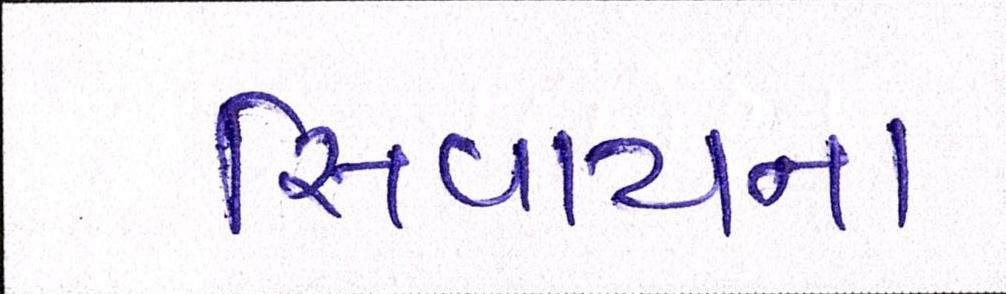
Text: સિવાયના